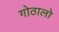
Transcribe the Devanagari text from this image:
गोठालो